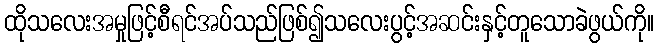
ထိုသလေးအမှုဖြင့်စီရင်အပ်သည်ဖြစ်၍သလေးပွင့်အဆင်းနှင့်တူသောခဲဖွယ်ကို။